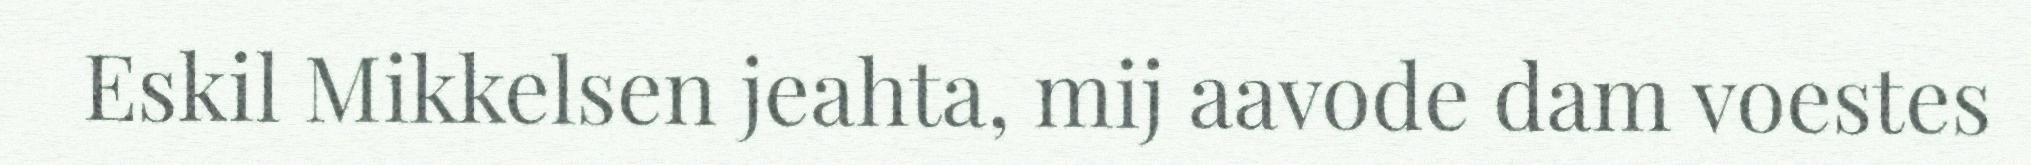
Eskil Mikkelsen jeahta, mij aavode dam voestes